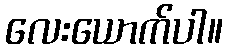
လေးယောက်ပါ။